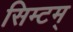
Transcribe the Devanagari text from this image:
सिम्टम्